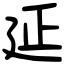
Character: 延